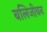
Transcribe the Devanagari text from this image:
बलिजीवन